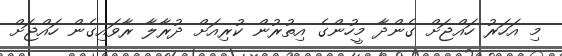
މި އަހަރު ހައްޖަށް ގެންދާ މީހުންގެ އިތުރުން ކުރިއަށް ދުރާލާ ރާވައިގެން ހައްޖަށް